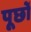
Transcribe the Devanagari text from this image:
पूछों